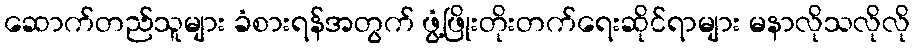
ဆောက်တည်သူများ ခံစားရန်အတွက် ဖွံ့ဖြိုးတိုးတက်ရေးဆိုင်ရာများ မနာလိုသလိုလို